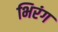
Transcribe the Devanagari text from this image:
भिरंग